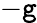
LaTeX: -\mathtt{g}